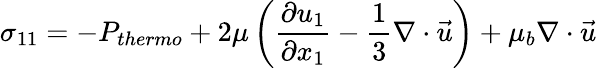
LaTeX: \sigma_{11}=-P_{thermo}+2\mu\displaystyle\left(\frac{\partial u_{1}}{\partial x_{1}}-\frac{1}{3}\nabla\cdot\vec{u}\right)+\mu_{b}\nabla\cdot\vec{u}